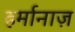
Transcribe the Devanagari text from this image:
हर्मानाज़